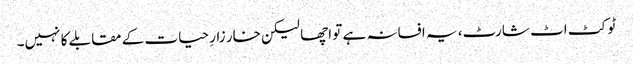
ٹو کٹ اٹ شارٹ، یہ افسانہ ہے تو اچھا لیکن خار زارِ حیات کے مقابلے کا نہیں۔